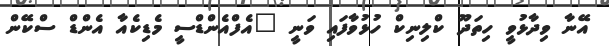
އޭނާ ވިދާޅުވީ ހިތަދޫ ކްލިނިކް ހުޅުވާފައި ވަނީ "އެފްއެންޑްސީ މެޑިކެއާ އެންޑް ސްކޭން